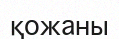
қожаны